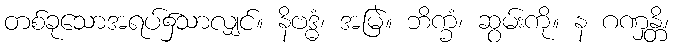
တစ်ခုသောအရပ်၌သာလျှင်။ နိဗဒ္ဓံ၊ အမြဲ။ ဘိက္ခံ၊ ဆွမ်းကို။ န ဂဏှန္တိ၊